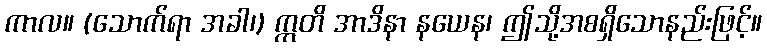
ကာလ။ (သောက်ရာ အခါ၊) ဣတိ အာဒိနာ နယေန၊ ဤသို့အစရှိသောနည်းဖြင့်။